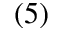
( 5 )